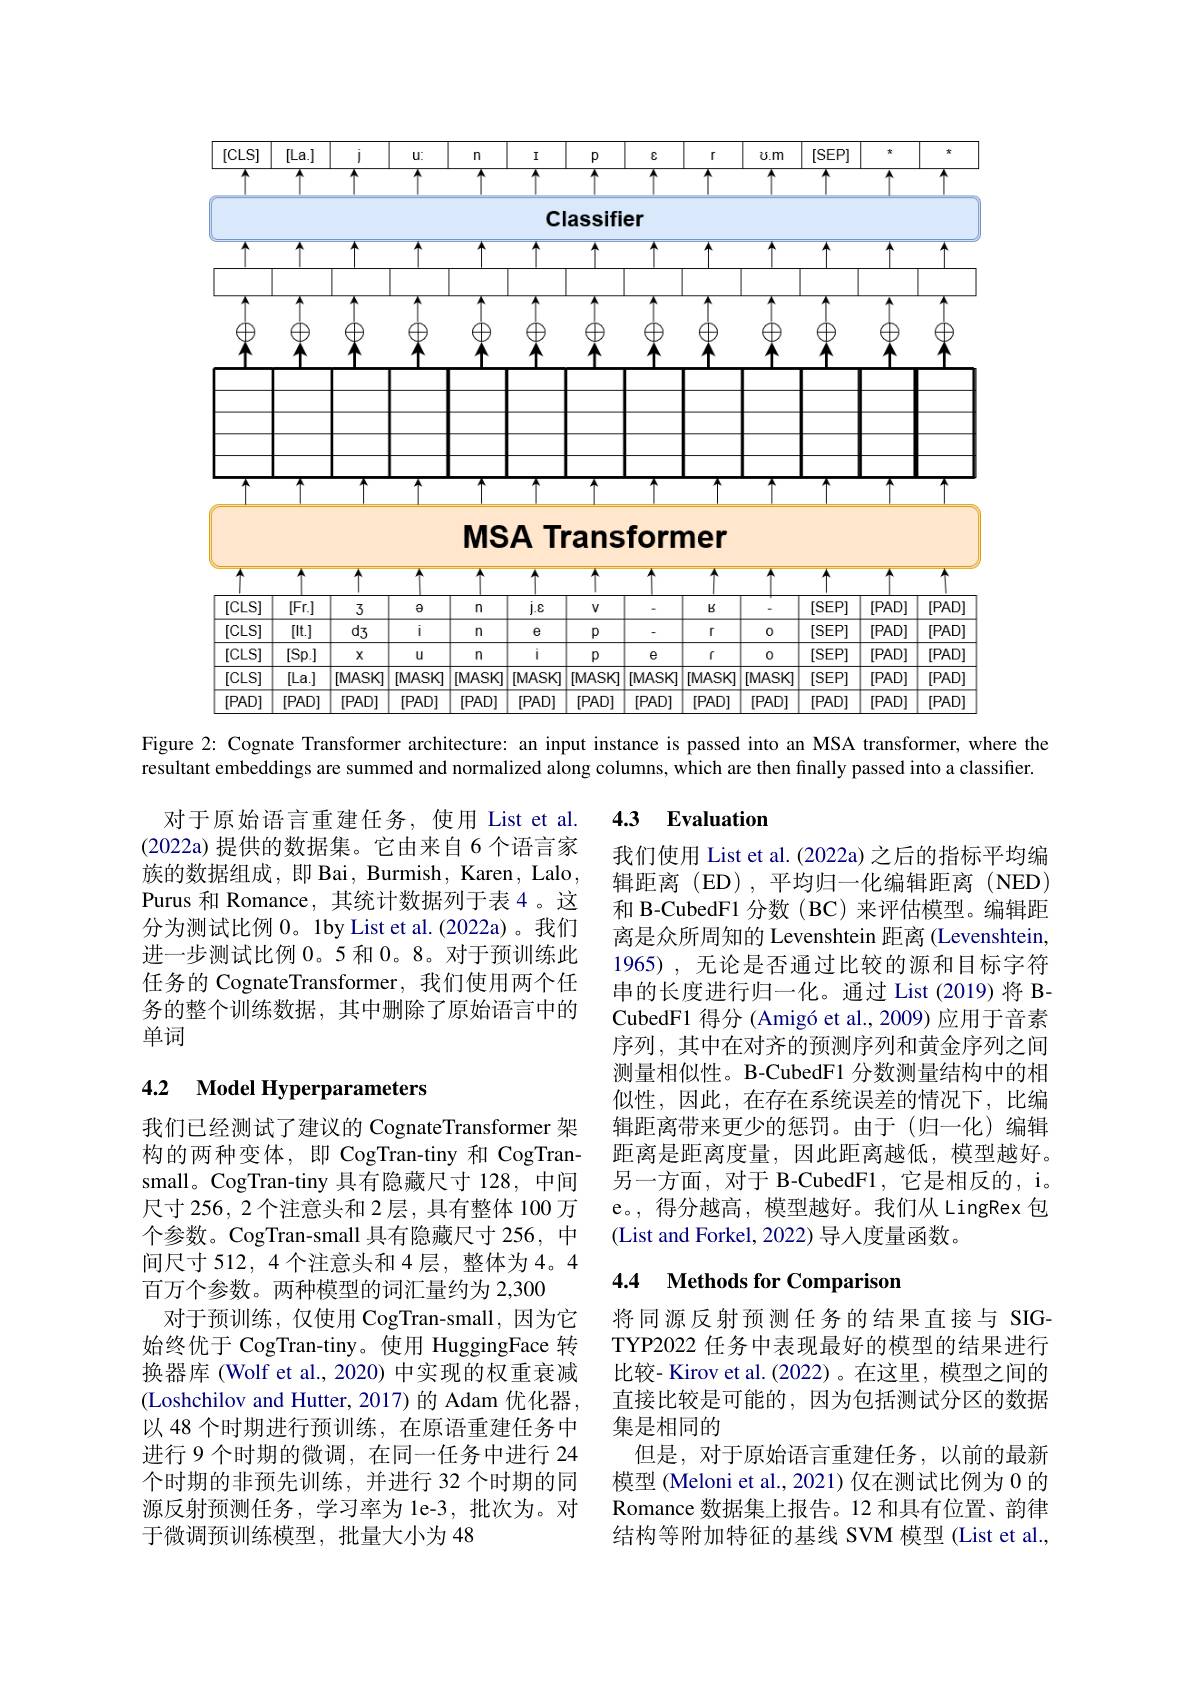
<FigureHere>

MSA Transformer

<FigureHere>

Figure 2: Cognate Transformer architecture: an input instance is passed into an MSA transformer, where the

resultant embeddings are summed and normalized along columns, which are then finally passed into a classifier.

# 4.3 Evaluation

对于原始语言重建任务，使用 List et al. (2022a) 提供的数据集。它由来自 6 个语言家族的数据组成，即 Bai, Burmish, Karen, Lalo, Purus 和 Romance, 其统计数据列于表 4 。这分为测试比例 0。1by List et al.(2022a)。我们进一步测试比例 0。5 和0。8。对于预训练此任务的 CognateTransformer,我们使用两个任务的整个训练数据，其中删除了原始语言中的单词

我们使用 List et al. (2022a) 之后的指标平均编辑距离(ED),平均归一化编辑距离(NED) 和 B-CubedF1 分数(BC) 来评估模型。编辑距离是众所周知的 Levenshtein 距离 (Levenshtein, 1965), 无论是否通过比较的源和目标字符串的长度进行归一化。通过 List (2019) 将 BCubedF1 得分 (Amigó et al., 2009) 应用于音素序列，其中在对齐的预测序列和黄金序列之间测量相似性。B-CubedF1 分数测量结构中的相似性，因此，在存在系统误差的情况下，比编辑距离带来更少的惩罚。由于(归一化)编辑距离是距离度量，因此距离越低，模型越好。另一方面，对于 B-CubedF1,它是相反的，i。e。,得分越高，模型越好。我们从 LingRex 包(List and Forkel, 2022) 导人度量函数。

### 4.2 $\textbf{Model Hyperparameters}$

# 4.4 Methods for Comparison

我们已经测试了建议的 CognateTransformer 架构的两种变体，即 CogTran-tiny 和 CogTransmall。CogTran-tiny 具有隐藏尺寸 128, 中间尺寸 256, 2 个注意头和 2层，具有整体 100 万个参数。CogTran-small 具有隐藏尺寸 256, 中间尺寸 512, 4 个注意头和 4 层，整体为 4。4百万个参数。两种模型的词汇量约为 2,300
对于预训练，仅使用 CogTran-small,因为它始终优于 CogTran-tiny。使用 HuggingFace 转换器库 (Wolf et al., 2020) 中实现的权重衰减(Loshchilov and Hutter, 2017)的 Adam 优化器， 以 48 个时期进行预训练，在原语重建任务中进行 9 个时期的微调，在同一任务中进行 24个时期的非预先训练，并进行 32 个时期的同源反射预测任务，学习率为 le-3,批次为。对于微调预训练模型，批量大小为 48

将同源反射预测任务的结果直接与 SIGTYP2022 任务中表现最好的模型的结果进行比较- Kirov et al. (2022)。在这里，模型之间的直接比较是可能的，因为包括测试分区的数据集是相同的
但是，对于原始语言重建任务，以前的最新模型 (Meloni et al., 2021) 仅在测试比例为 0 的Romance 数据集上报告。12 和具有位置、韵律结构等附加特征的基线 SVM 模型 (List et al.,